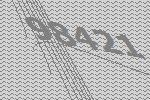
98421